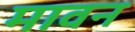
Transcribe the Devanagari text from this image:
मावन